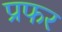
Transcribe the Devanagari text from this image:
प्रफर